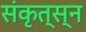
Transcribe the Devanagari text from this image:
संकृत्स्न